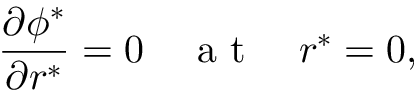
\frac { \partial \phi ^ { * } } { \partial r ^ { * } } = 0 \quad \mathrm { ~ a ~ t ~ } \quad r ^ { * } = 0 ,